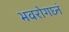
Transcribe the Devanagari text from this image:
भवरोगघ्नं